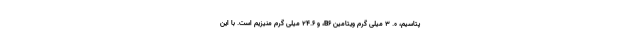
پتاسیم، 0. 3 میلی گرم ویتامین B6، و 24.6 میلی گرم منیزیم است. با این